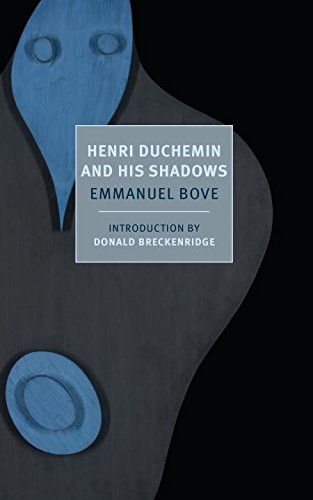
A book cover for Henri Duchemin and His Shadows (New York Review Books Classics); Emmanuel Bove; Literature & Fiction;